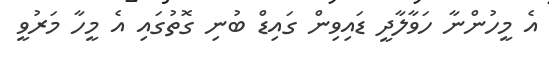
އެ މީހުންނާ ހަވާލާދީ ޑައިވިން ގައިޑް ބުނި ގޮތުގައި އެ މީހާ މަރުވީ